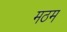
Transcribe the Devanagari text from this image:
मठम